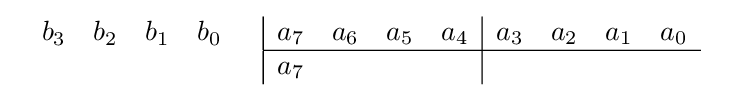
{\begin{array}{cc}{\begin{array}{rrrr}b_{3}&b_{2}&b_{1}&b_{0}\\\\\end{array}}&{\begin{array}{|rrrr|rrrr}a_{7}&a_{6}&a_{5}&a_{4}&a_{3}&a_{2}&a_{1}&a_{0}\\\hline a_{7}&&&&&&&\\\end{array}}\end{array}}